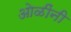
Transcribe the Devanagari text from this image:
ओळींनी